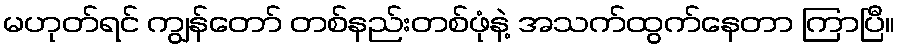
မဟုတ်ရင် ကျွန်တော် တစ်နည်းတစ်ဖုံနဲ့ အသက်ထွက်နေတာ ကြာပြီ။